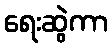
ရေးဆွဲကာ